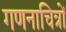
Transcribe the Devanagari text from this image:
गणनाचित्रों